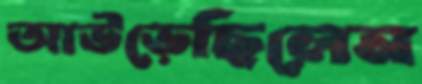
আউড়েছিলেন